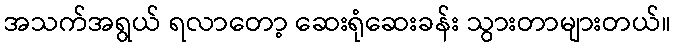
အသက်အရွယ် ရလာတော့ ဆေးရုံဆေးခန်း သွားတာများတယ်။